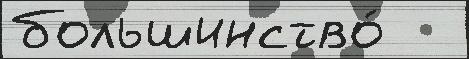
большинство́